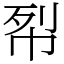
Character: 㡂